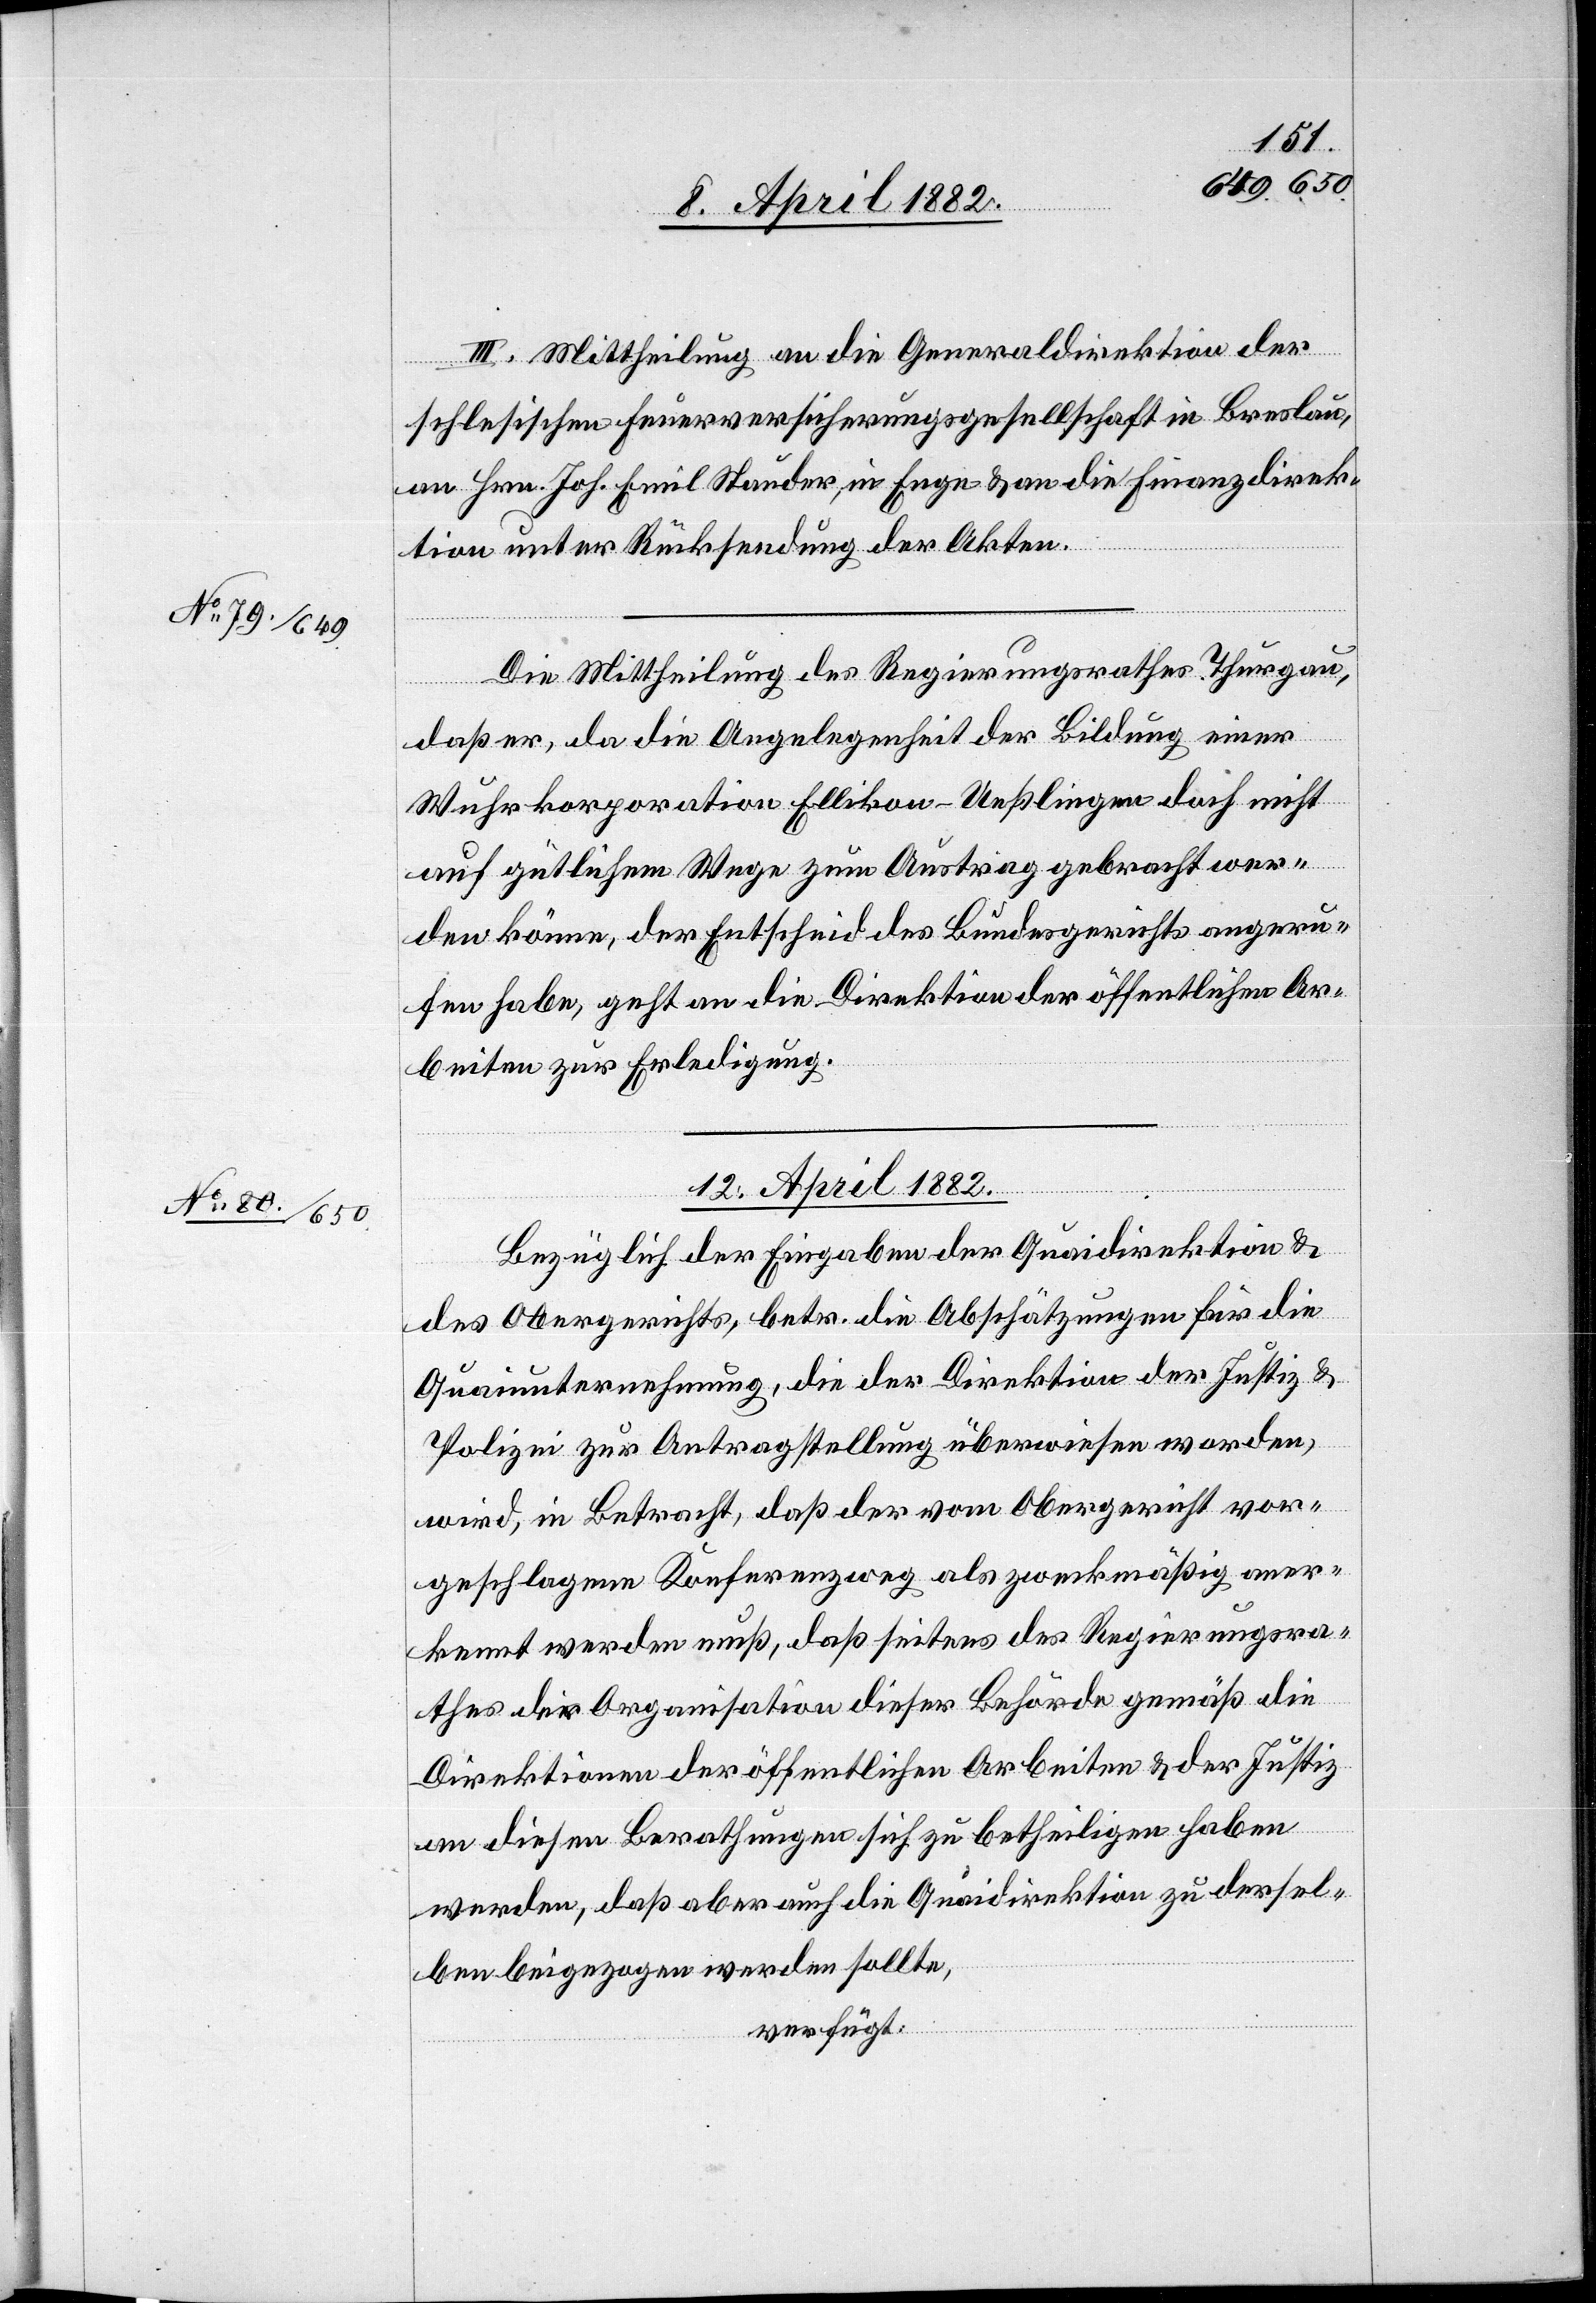
11. April 1882.]
III. Mittheilung an die Generaldirektion der
schlesischen Feuerversicherungsgesellschaft in Breslau,
an Hrn. Joh. Emil Stauder, in Enge & an die Finanzdirek¬
tion unter Rücksendung der Akten.
Die Mittheilung des Regierungsrathes Thurgau,
daß er, da die Angelegenheit der Bildung einer
Wuhrkorporation Ellikon-Ueßlingen doch nicht
auf gütlichem Wege zum Austrag gebracht wer¬
den könne, der Entscheid des Bundesgerichts angeru¬
fen habe, geht an die Direktion der öffentlichen Ar¬
beiten zur Erledigung.
12. April 1882.
Bezüglich der Eingaben der Quaidirektion &
des Obergerichts, betr. die Abschätzungen für die
Quaiunternehmung, die der Direktion der Justiz &
Polizei zur Antragstellung überwiesen worden,
wird, in Betracht, daß der vom Obergericht vor¬
geschlagene Konferenzweg als zweckmäßig aner¬
kennt werden muß, daß seitens des Regierungsra¬
thes der Organisation dieser Behörde gemäß die
Direktionen der öffentlichen Arbeiten & der Justiz
an diesen Berathungen sich zu betheiligen haben
werden, daß aber auch die Quaidirektion zu dersel¬
ben beigezogen werden sollte,
verfügt: